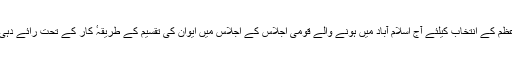
وزیرِاعظم کے انتخاب کیلئے آج اسلام آباد میں ہونے والے قومی اجلاس کے اجلاس میں ایوان کی تقسیم کے طریقہٴ کار کے تحت رائے دہی ہوگی۔